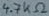
Text: 4.7KΩ